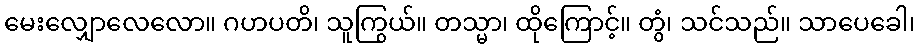
မေးလျှောလေလော။ ဂဟပတိ၊ သူကြွယ်။ တသ္မာ၊ ထိုကြောင့်။ တွံ၊ သင်သည်။ သာပေခေါ၊